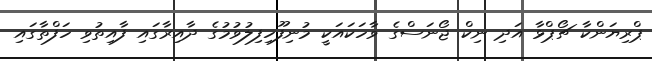
ޕްރިޔަންކާ ޗޯޕްޅާ އަދި ނިކް ޖޯނަސްގެ ވާހަކައަކީ މުނިފޫހިފިލުވުމުގެ ދާއިރާގައި ފާއިތުވި ހަފްތާގައި